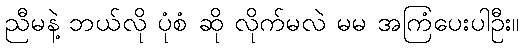
ညီမနဲ့ ဘယ်လို ပုံစံ ဆို လိုက်မလဲ မမ အကြံပေးပါဦး။